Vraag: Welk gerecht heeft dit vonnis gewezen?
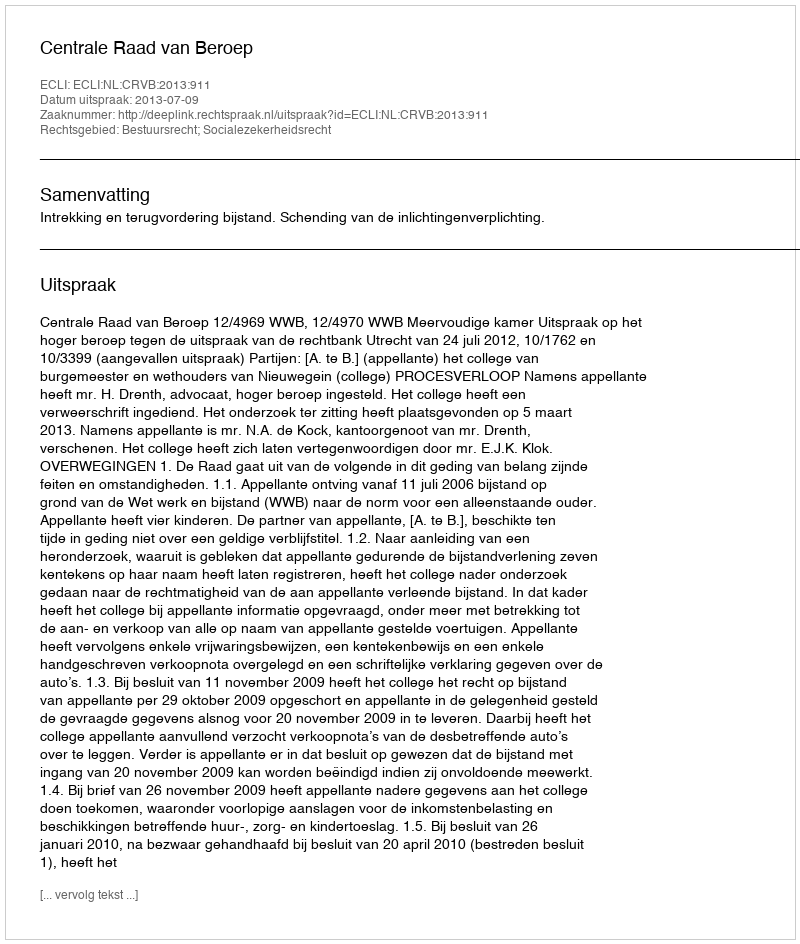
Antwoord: Centrale Raad van Beroep